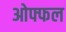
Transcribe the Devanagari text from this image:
ओफ्फल